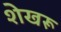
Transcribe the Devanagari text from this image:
शेखरू